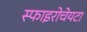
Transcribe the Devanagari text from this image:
स्फाइरोचेयटा